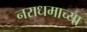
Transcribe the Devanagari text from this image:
नराधमाच्या